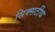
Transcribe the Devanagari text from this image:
सिक्सटींथ